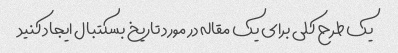
یک طرح کلی برای یک مقاله در مورد تاریخ بسکتبال ایجاد کنید